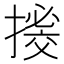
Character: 𢳼